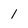
Character: l